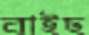
বাইছ